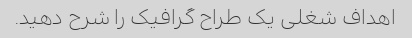
اهداف شغلی یک طراح گرافیک را شرح دهید.